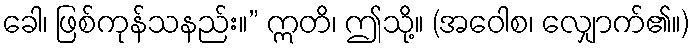
ခေါ၊ ဖြစ်ကုန်သနည်း။” ဣတိ၊ ဤသို့။ (အဝေါစ၊ လျှောက်၏။)